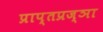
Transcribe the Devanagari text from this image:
प्राप्तप्रज्ञा